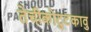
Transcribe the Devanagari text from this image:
तेचीकोट्टुकावु